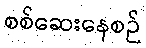
စစ်ဆေးနေစဉ်